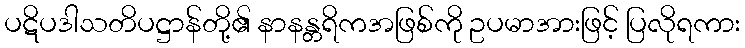
ပဋိပဒါသတိပဋ္ဌာန်တို့၏ နာနန္တရိကအဖြစ်ကို ဥပမာအားဖြင့် ပြလိုရကား